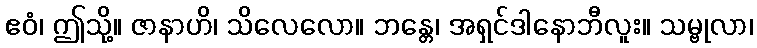
ဧဝံ၊ ဤသို့။ ဇာနာဟိ၊ သိလေလော။ ဘန္တေ၊ အရှင်ဒါနောဘီလူး။ သမ္ဗုလာ၊